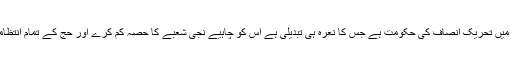
اب جب کہ پاکستان میں تحریک انصاف کی حکومت ہے جس کا نعرہ ہی تبدیلی ہے اس کو چاہیے نجی شعبے کا حصہ کم کرے اور حج کے تمام انتظامات اپنے ذمے لے۔